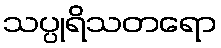
သပ္ပုရိသတရော